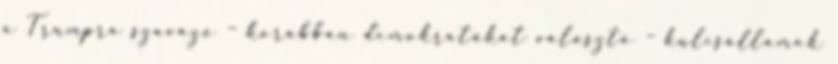
a Trumpra szavazó – korábban demokratákat választó – kulcsállamok